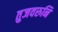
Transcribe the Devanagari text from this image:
तुजवरुनि